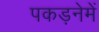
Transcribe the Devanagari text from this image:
पकड़नेमें